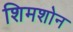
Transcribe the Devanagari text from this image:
शिमशोन